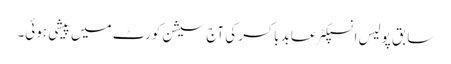
سابق پولیس انسپکٹر عابد باکسر کی آج سیشن کورٹ میں پیشی ہوئی۔